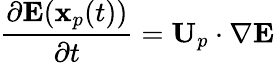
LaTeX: \frac{\partial\mathbf{E}(\mathbf{x}_{p}(t))}{\partial t}=\mathbf{U}_{p}\cdot\nabla\mathbf{E}